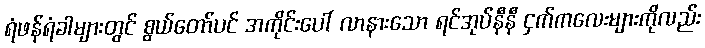
ရံဖန်ရံခါများတွင် စွယ်တော်ပင် အကိုင်းပေါ် လာနားသော ရင်အုပ်နီနီ ငှက်ကလေးများကိုလည်း